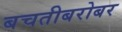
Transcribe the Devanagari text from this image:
बचतीबरोबर